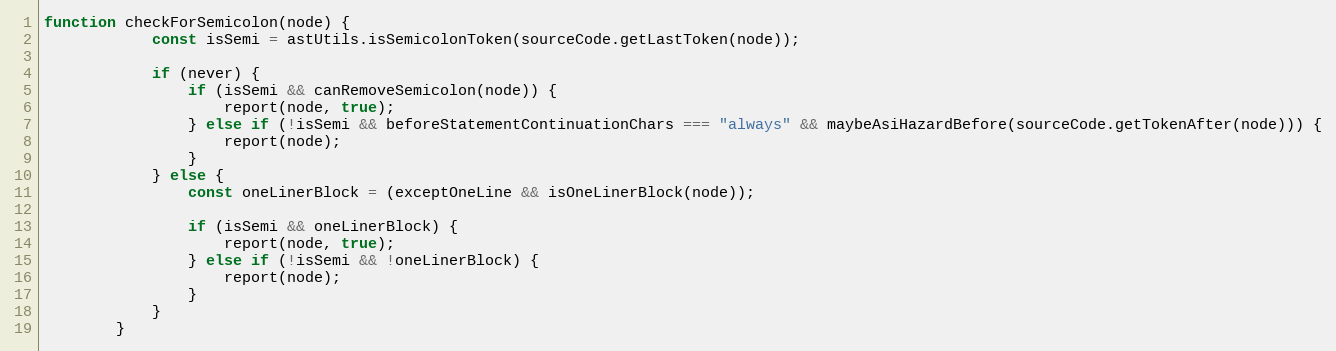
Language: JavaScript
function checkForSemicolon(node) {
            const isSemi = astUtils.isSemicolonToken(sourceCode.getLastToken(node));

            if (never) {
                if (isSemi && canRemoveSemicolon(node)) {
                    report(node, true);
                } else if (!isSemi && beforeStatementContinuationChars === "always" && maybeAsiHazardBefore(sourceCode.getTokenAfter(node))) {
                    report(node);
                }
            } else {
                const oneLinerBlock = (exceptOneLine && isOneLinerBlock(node));

                if (isSemi && oneLinerBlock) {
                    report(node, true);
                } else if (!isSemi && !oneLinerBlock) {
                    report(node);
                }
            }
        }